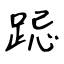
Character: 跽